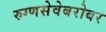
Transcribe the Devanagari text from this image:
रुग्णसेवेबरोबर